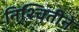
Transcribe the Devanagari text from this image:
निश्चितीने